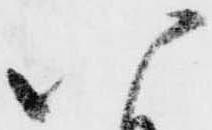
八